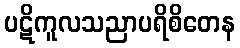
ပဋိကူလသညာပရိစိတေန